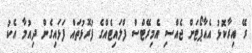
ރޭ އިރާކޮޅު އެއާޕޯޓަށް ޖެއްސި އެމިރޭޓްސް ފްލައިޓެއްގެ ފުރޮޅުތައް ފަޅައިގެން ދިއުމާ އެކު